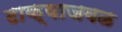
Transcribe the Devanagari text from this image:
टाक्याजवळ